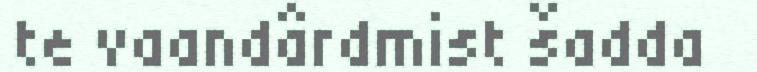
te vaandârdmist šadda